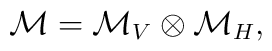
\mathcal{M}=\mathcal{M}_{V}\otimes\mathcal{M}_{H},